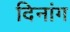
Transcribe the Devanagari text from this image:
दिनांग